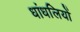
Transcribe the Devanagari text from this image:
धांधलियों